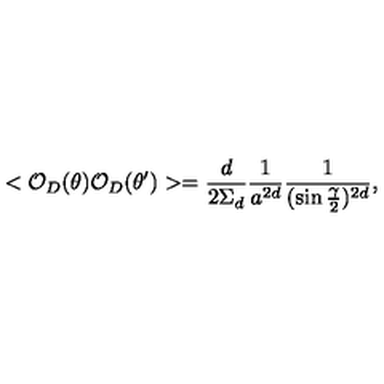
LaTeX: < { \cal O } _ { D } ( \theta ) { \cal O } _ { D } ( \theta ^ { \prime } ) > = { \frac { d } { 2 \Sigma _ { d } } } { \frac { 1 } { a ^ { 2 d } } } { \frac { 1 } { ( \sin { \frac { \gamma } { 2 } } ) ^ { 2 d } } } ,